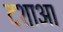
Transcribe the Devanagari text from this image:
दशाआ